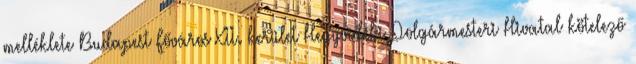
melléklete Budapest Főváros XII. kerület Hegyvidéki Polgármesteri Hivatal kötelező